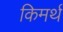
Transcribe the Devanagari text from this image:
किमर्थ